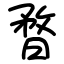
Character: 暓